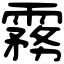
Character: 霧